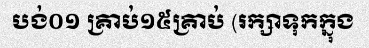
បង់០១ គ្រាប់១៥គ្រាប់ (រក្សាទុកក្នុង